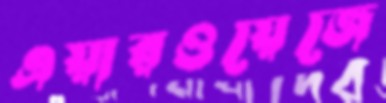
এয়ারওয়েজে